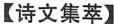
【诗文集萃】